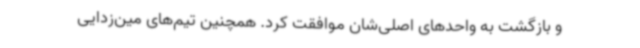
و بازگشت به واحدهای اصلی‌شان موافقت کرد. همچنین تیم‌های مین‌زدایی